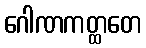
ဂေါဏကတ္ထတေ